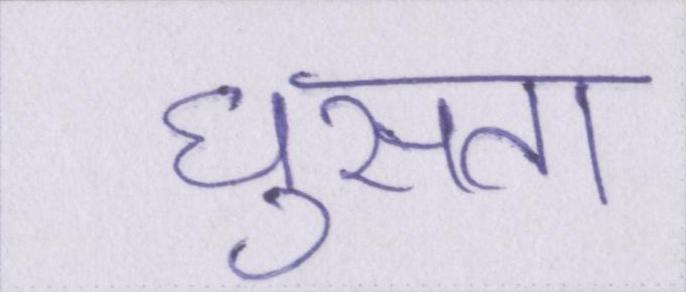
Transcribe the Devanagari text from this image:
घुसता